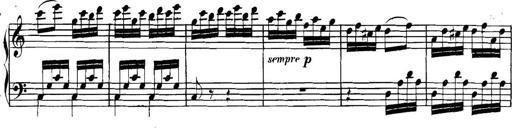
Title: Collected Piano Sonatas
Composer: Muzio Clementi